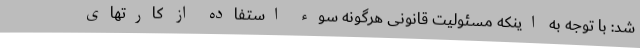
شد: با توجه به اینکه مسئولیت قانونی هرگونه سوء استفاده از کارتهای